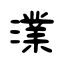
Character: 澲